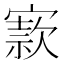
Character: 𡪡